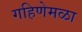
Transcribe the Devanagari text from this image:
गहिणेमळा